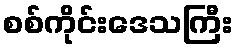
စစ်ကိုင်းဒေသကြီး